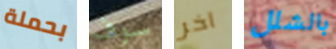
بحملة سوف آخر بالشلل